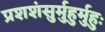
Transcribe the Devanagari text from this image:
प्रशशंसुर्मुहुर्मुहुः